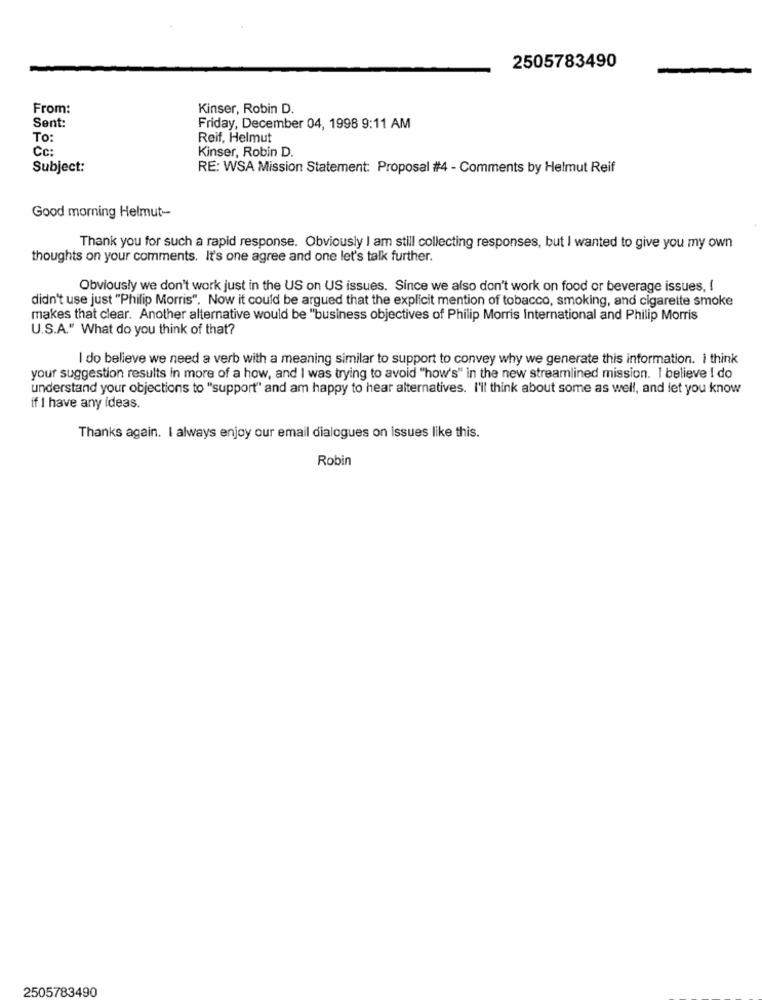
2505783490
From:
Kinser, Robin D.
Sent:
Friday, December 04, 1998 9:11 AM
To:
Reif, Helmut
Cc
Kinser, Robin D.
Subject:
RE: WSA Mission Statement: Proposal #4 - Comments by Helmut Reif
Good morning Helmut-
Thank you for such a rapid response. Obviously I am still collecting responses, but I wanted to give you my own
thoughts on your comments. It's one agree and one let's talk further
Obviously we don't work just in the US on US issues. Since we also don't work on food or beverage issues, I
didn't use just "Philip Morris". Now it could be argued that the explicit mention of tobacco, smoking, and cigarette smoke
makes that clear. Another alternative would be "business objectives of Philip Morris International and Philip Morris
U.S.A." What do you think of that?
I do believe we need a verb with a meaning similar to support to convey why we generate this information. I think
your suggestion results in more of a how, and I was trying to avoid "how's" in the new streamlined mission. I believe I do
understand your objections to "support" and am happy to hear alternatives. I'll think about some as well, and let you know
if I have any ideas.
Thanks again. I always enjoy our email dialogues on issues like this.
Robin
2505783490